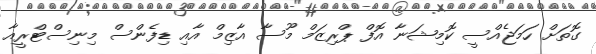
ގޮތަށް ހަމަޖެއްސީ ކޮމިޝަނާ އޮފް ޕްރިޒަމް މޫސާ އާޒިމް އާއި ޑިފެންސް މިނިސްޓްރީއާ